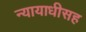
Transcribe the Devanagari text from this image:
न्यायाधीसह